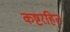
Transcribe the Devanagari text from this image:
कष्टरहित